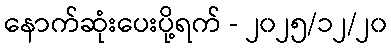
နောက်ဆုံးပေးပို့ရက် - ၂၀၂၅/၁၂/၂၀